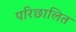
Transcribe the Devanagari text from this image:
परिछालित